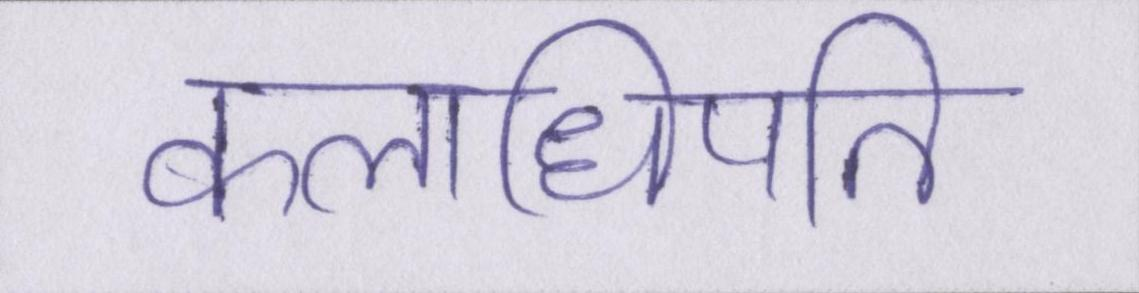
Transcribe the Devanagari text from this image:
कलाधिपति